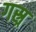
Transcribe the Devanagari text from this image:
गस्र्र